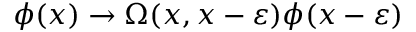
\phi ( x ) \rightarrow \Omega ( x , x - \varepsilon ) \phi ( x - \varepsilon )